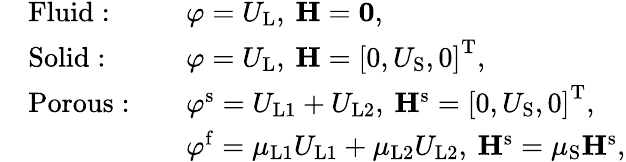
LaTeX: \begin{array}{rlrl}&{\mathrm{Fluid:}}&&{\varphi=U_{\mathrm{L}},\: \mathbf{H}=\mathbf{0},}\\ &{\mathrm{Solid:}}&&{\varphi=U_{\mathrm{L}},\: \mathbf{H}=\left[0,U_{\mathrm{S}},0\right]^{\mathrm{T}},}\\ &{\mathrm{Porous:}}&&{\varphi^{\mathrm{s}}=U_{\mathrm{L1}}+U_{\mathrm{L2}},\: \mathbf{H}^{\mathrm{s}}=\left[0,U_{\mathrm{S}},0\right]^{\mathrm{T}},}\\ &{}&&{\varphi^{\mathrm{f}}=\mu_{\mathrm{L1}}U_{\mathrm{L1}}+\mu_{\mathrm{L2}}U_{\mathrm{L2}},\: \mathbf{H}^{\mathrm{s}}=\mu_{\mathrm{S}}\mathbf{H}^{\mathrm{s}},}\end{array}